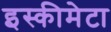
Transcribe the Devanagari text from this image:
इस्कीमेटा